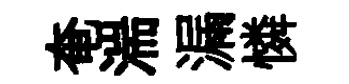
奄湍漏憐